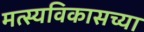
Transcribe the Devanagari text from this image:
मत्स्यविकासच्या